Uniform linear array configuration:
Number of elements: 32
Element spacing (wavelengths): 0.75
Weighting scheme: hamming
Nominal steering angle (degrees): -30
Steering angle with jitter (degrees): -30.658
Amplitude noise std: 0.05
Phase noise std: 0.05

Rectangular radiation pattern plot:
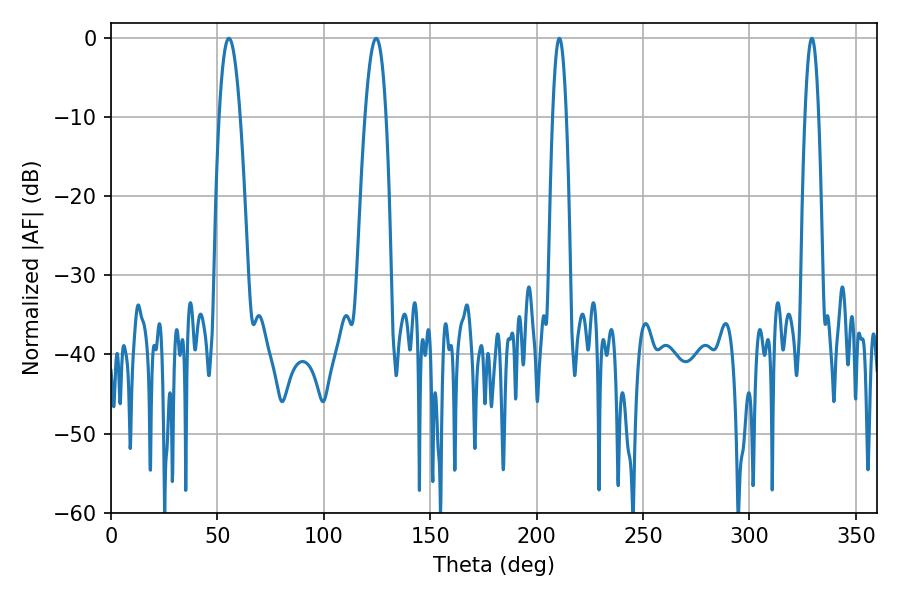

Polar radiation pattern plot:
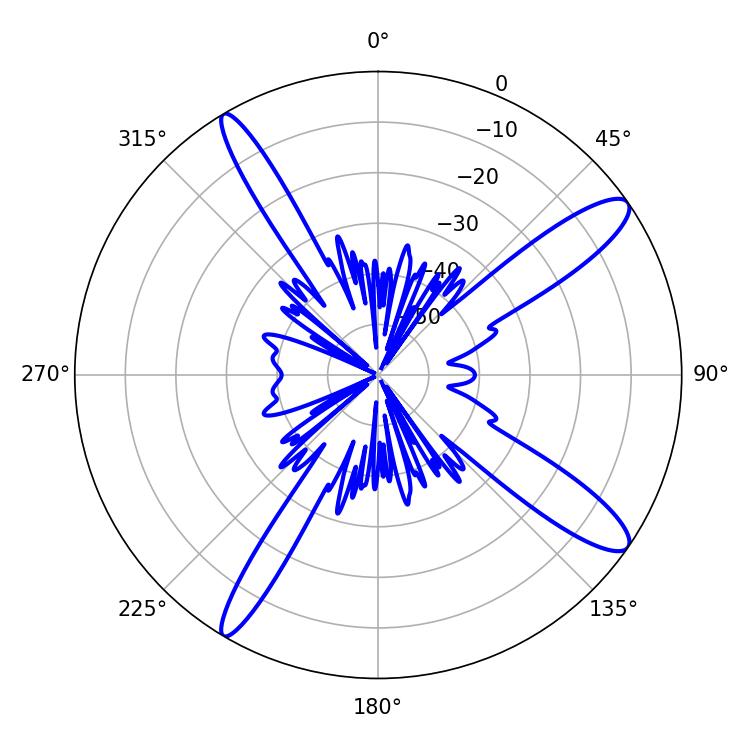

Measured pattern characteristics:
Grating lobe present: TRUE
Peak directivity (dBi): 12.982
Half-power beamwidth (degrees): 5.4
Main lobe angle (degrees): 55.44